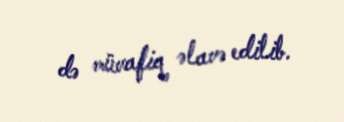
də müvafiq əlavə edilib.